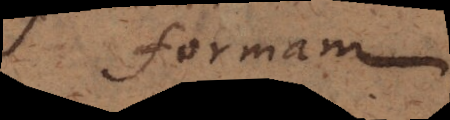
formam